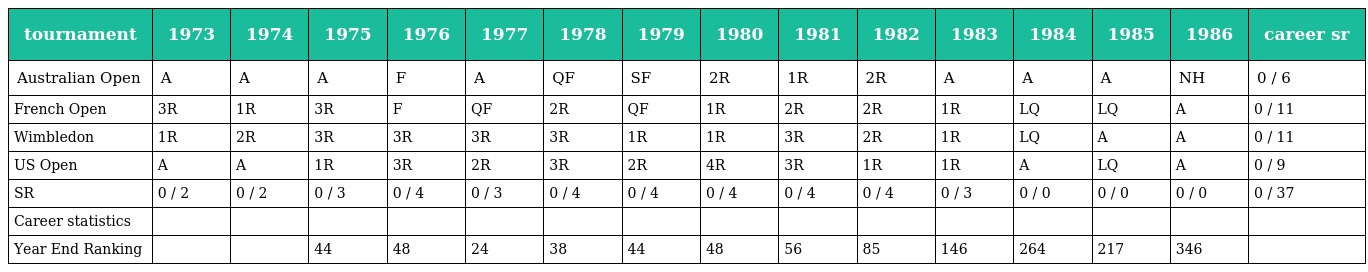
| tournament | 1973 | 1974 | 1975 | 1976 | 1977 | 1978 | 1979 | 1980 | 1981 | 1982 | 1983 | 1984 | 1985 | 1986 | career sr |
 | --- | --- | --- | --- | --- | --- | --- | --- | --- | --- | --- | --- | --- | --- | --- | --- |
 | Australian Open | A | A | A | F | A | QF | SF | 2R | 1R | 2R | A | A | A | NH | 0 / 6 |
 | French Open | 3R | 1R | 3R | F | QF | 2R | QF | 1R | 2R | 2R | 1R | LQ | LQ | A | 0 / 11 |
 | Wimbledon | 1R | 2R | 3R | 3R | 3R | 3R | 1R | 1R | 3R | 2R | 1R | LQ | A | A | 0 / 11 |
 | US Open | A | A | 1R | 3R | 2R | 3R | 2R | 4R | 3R | 1R | 1R | A | LQ | A | 0 / 9 |
 | SR | 0 / 2 | 0 / 2 | 0 / 3 | 0 / 4 | 0 / 3 | 0 / 4 | 0 / 4 | 0 / 4 | 0 / 4 | 0 / 4 | 0 / 3 | 0 / 0 | 0 / 0 | 0 / 0 | 0 / 37 |
 | Career statistics |  |  |  |  |  |  |  |  |  |  |  |  |  |  |  |
 | Year End Ranking |  |  | 44 | 48 | 24 | 38 | 44 | 48 | 56 | 85 | 146 | 264 | 217 | 346 |  |